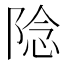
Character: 䧔